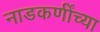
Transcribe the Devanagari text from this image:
नाडकर्णींच्या